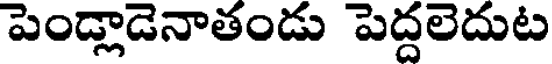
పెండ్లాడెనాతండు పెద్దలెదుట